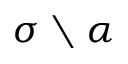
\sigma \setminus \alpha